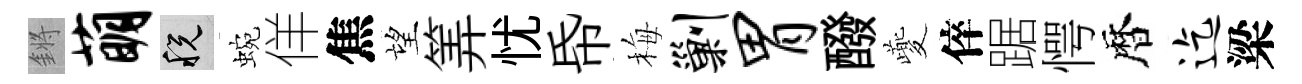
鏘萌税蜿佯焦望筭忧帋梅剿胃醱夔倅踞愕暦迄梁